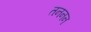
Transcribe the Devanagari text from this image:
तननन